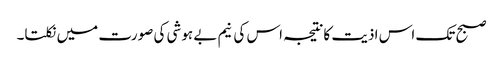
صبح تک اس اذیت کانتیجہ اس کی نیم بے ہوشی کی صورت میں نکلتا۔